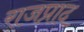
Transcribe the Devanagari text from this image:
राजप्राद